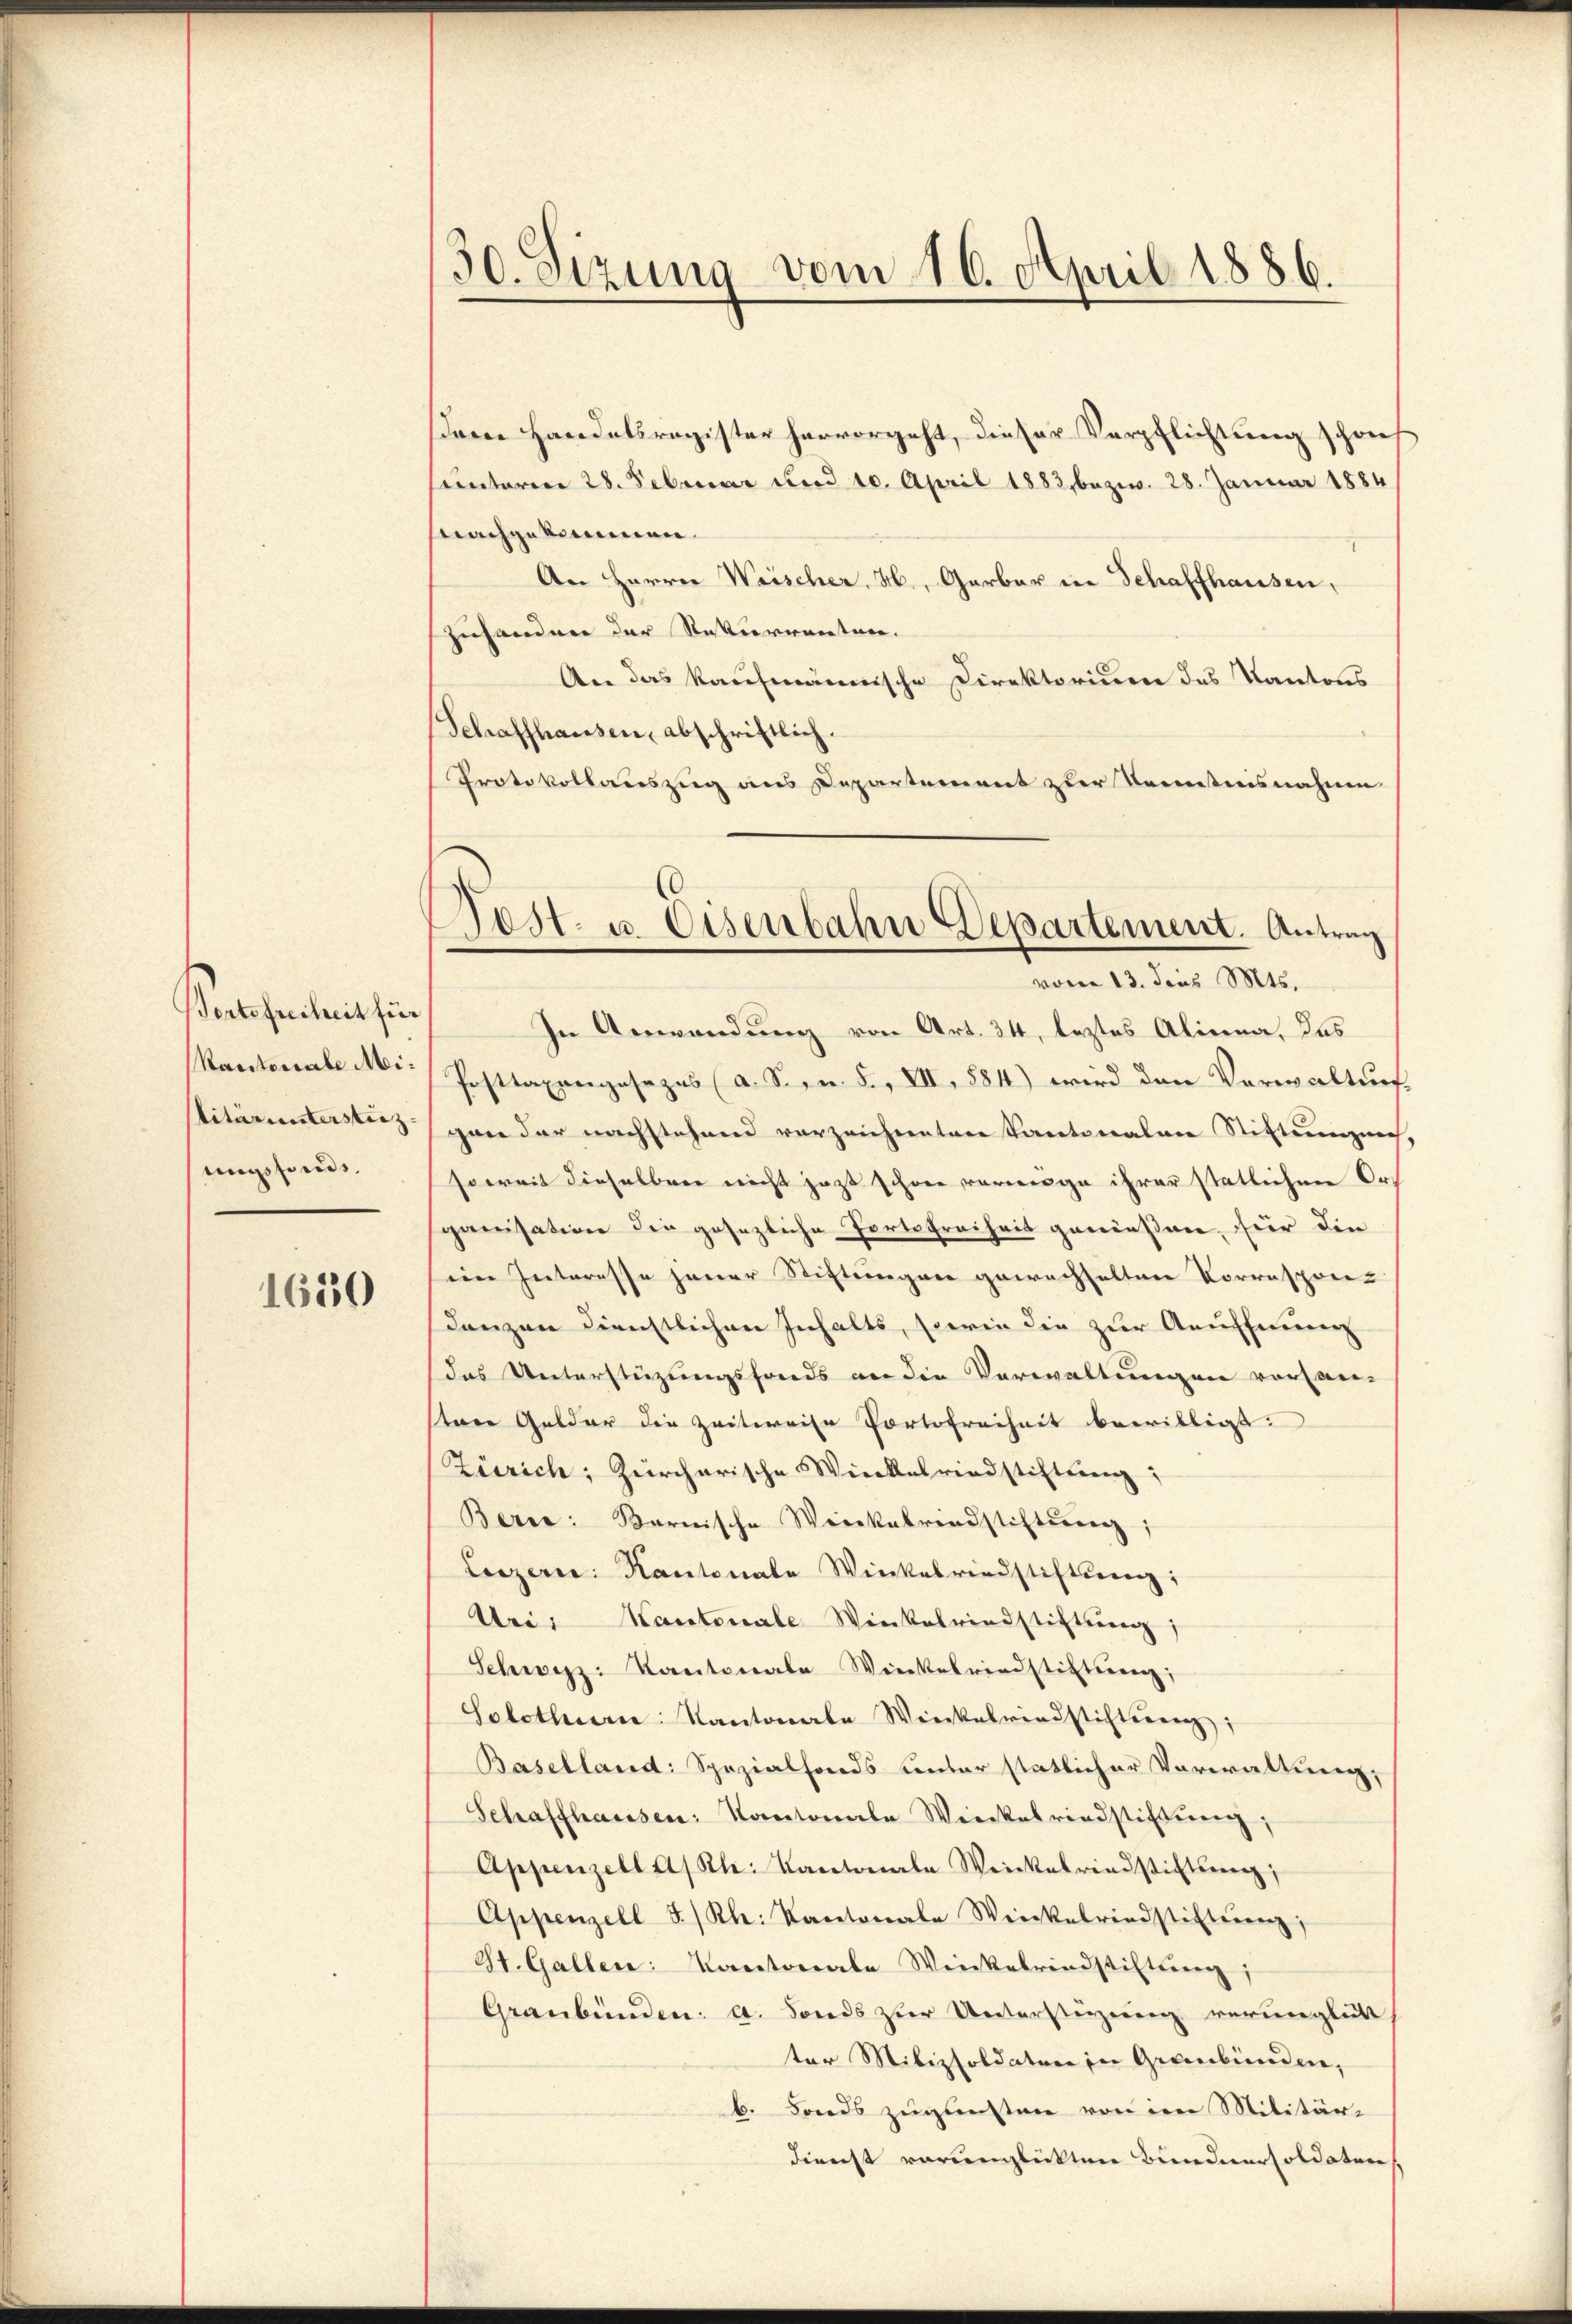
Portofreiheit für
Rantonale Militär untersteiz.
ungsfonds,

1630

30. Sizung vom 16. April 1886.

sem Handelsregister hervorgeht, dieser Verpflichtung schon
untarier 28. Februar und 10. April 1883, bezw. 28. Januar 1884
fnachgekommen.
An Herrn Weischer, H., Garbar in Schaffhausen,
zuhandere der Restierenanten.
An das kaufmännische Direktorium das Kantons
Schaffhausen, abschriftlich.
Protokollauszug aus Departement zur Kenntnisnahme
In Anwendung von Art. 34, leztes Alinea, das
Posttaxangesezes (a. Sept. F. VII, 884) wird den Verwaltung,
gan der nachstehend vorzeichnentare Kantonalare Stiftungen,
soweit dieselben nicht jezt schon vermöge ihrer statlichen Organisation die gesezliche Portofreiheit geniessen, für die
ein Interesse jener Stiftungen gewachseltene Vorrespon-
danzen dienstlichen Inhalts, sowie die zur Aeuffnung
das Unterstüzungsfonds an die Verwaltungen vorhan-
stere Gelder die Zeitweise Portofreiheit bewilligt:
Zürich; Zürcherische Wieckelriedstiftung;
Berce: Barnische Weinkelrindstiftung;
Luzern. Kantonale Weickalrendstiftsweg,
Uri: Kantonale Winkelrindstiftung;
Schwyz: Kantonale Winkelrindstiftung;
Solothurn Kantonale Winkelrindstiften;
Baselland: Spezialfonds unter stätlicher Vorwaltung,
Schaffhausen: Kantonale Winkelriedstiftung,
Appenzell Akl. Kantonale Weinkelrindstiftsweg,
Appenzell I/Rh. Kantonale Weinkelrindstifterenz,
St. Gallen: Kantonale Weikelrindstiftung;
Graubünden: a. Fonds zur Unterstüzung verunglück
ter Milizsoldature in Gewerbunden,
b. Fonds zugunsten von den Militärdienst warunglückten Beendiersoldaten

Post u. Eisenbahn Departement. Antrag
vom 13. deus Mts.